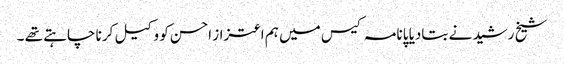
شیخ رشید نے بتادیا پانامہ کیس میں ہم اعتزاز احسن کو وکیل کرنا چاہتے تھے ۔